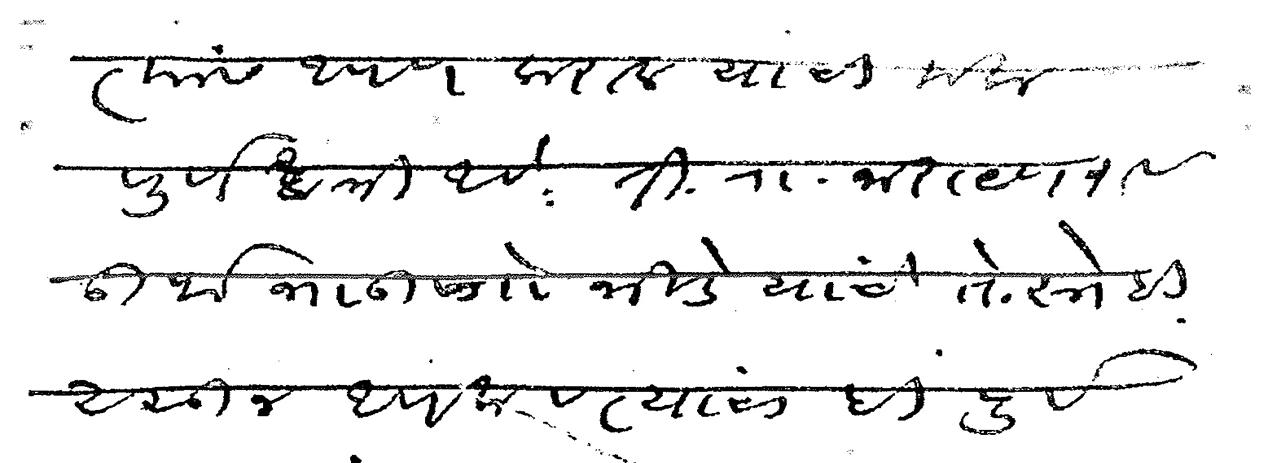
Transliteration (Devanagari): त्यांस आपण कराल याची मला पूर्ण खात्री आहे ती रा नारायणराव ऊर्फ भाऊसो भिडे यांचे ते स्नेही असून आपला व त्यांचाही पूर्वपरिचय